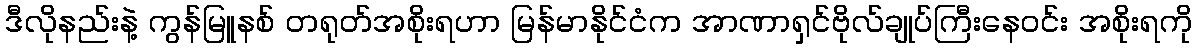
ဒီလိုနည်းနဲ့ ကွန်မြူနစ် တရုတ်အစိုးရဟာ မြန်မာနိုင်ငံက အာဏာရှင်ဗိုလ်ချုပ်ကြီးနေဝင်း အစိုးရကို